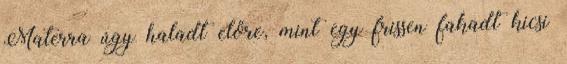
Materra úgy haladt előre, mint egy frissen fakadt kicsi